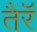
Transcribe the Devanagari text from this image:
तैरॅ